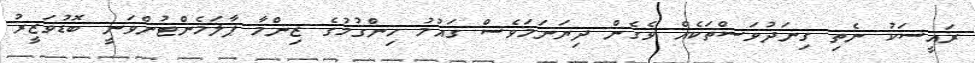
ރައީސަކު ނެތި ގިނަދުވަސްތަކެއް ވެގެން ދިޔަނަމަވެސް ގައުމު ހިންގުމުގެ ޒިންމާ ޕާލަމެންޓުންވަނީ ބޮޑުވަޒީރު